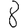
Digit: 8